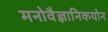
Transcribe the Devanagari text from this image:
मनोवैज्ञानिकयोन